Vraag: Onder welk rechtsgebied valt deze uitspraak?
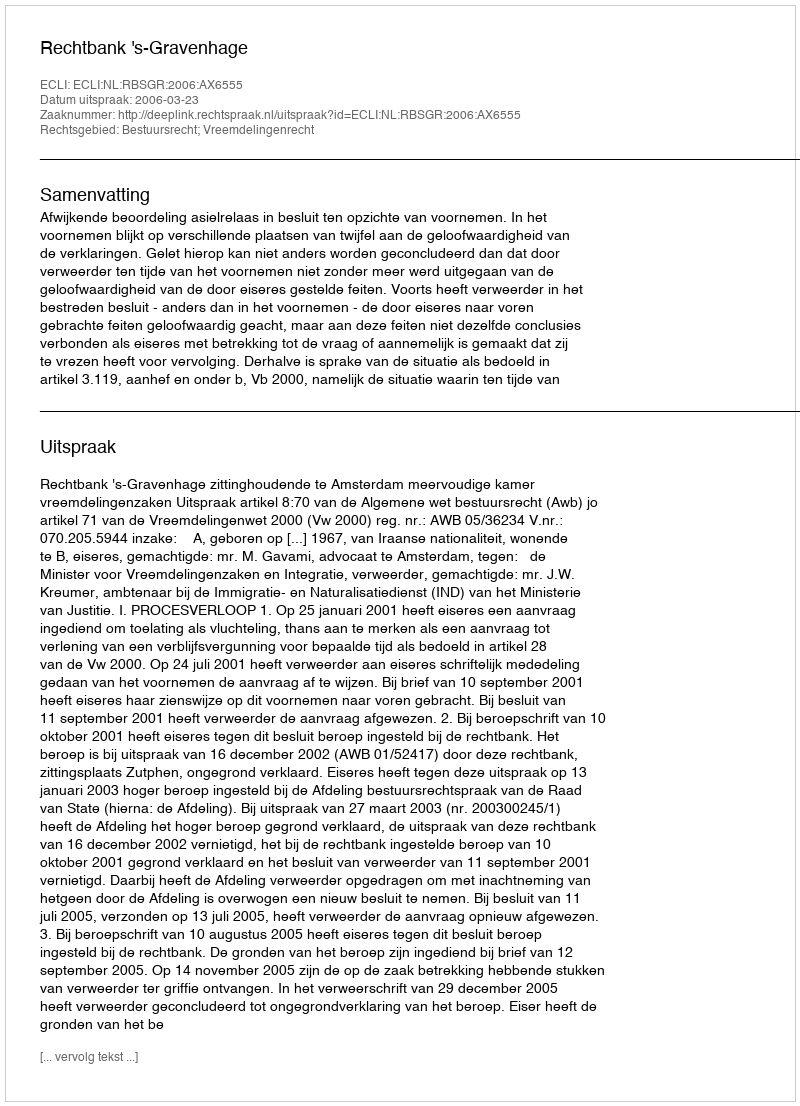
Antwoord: Bestuursrecht; Vreemdelingenrecht